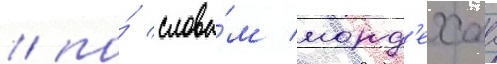
/ по́ слова́м морд'ехаа